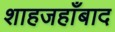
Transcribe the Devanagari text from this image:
शाहजहाँबाद